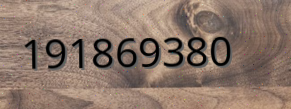
191869380